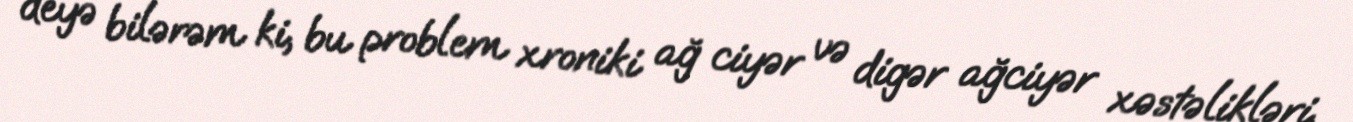
deyə bilərəm ki, bu problem xroniki ağ ciyər və digər ağciyər xəstəlikləri,